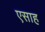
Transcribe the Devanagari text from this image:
एसाह